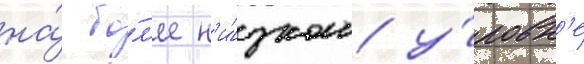
на́ бо́л'ее н'и́зком у́ровн'е